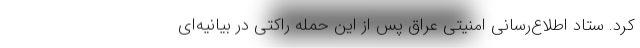
کرد. ستاد اطلاع‌رسانی امنیتی عراق پس از این حمله راکتی در بیانیه‌ای